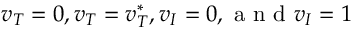
v _ { T } = 0 , v _ { T } = v _ { T } ^ { * } , v _ { I } = 0 , \mathrm { ~ a ~ n ~ d ~ } v _ { I } = 1